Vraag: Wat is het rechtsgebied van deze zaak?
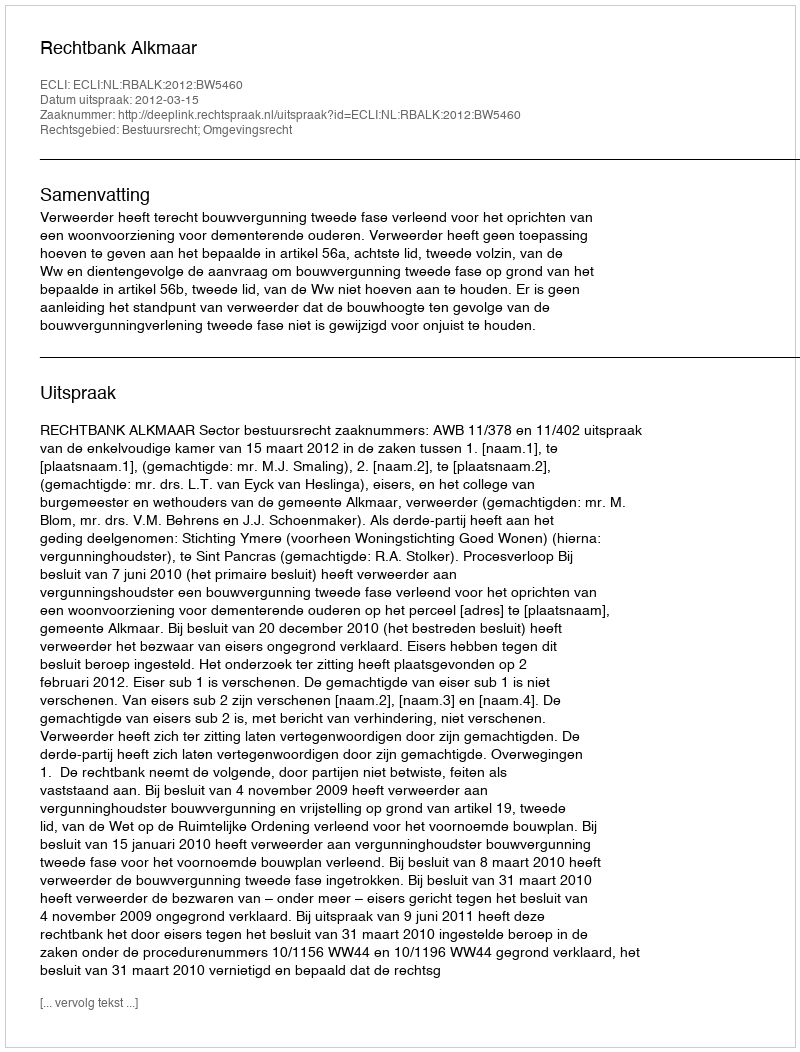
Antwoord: Bestuursrecht; Omgevingsrecht